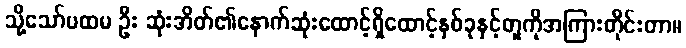
သို့သော်ပထမ ဦး ဆုံးအိတ်၏နောက်ဆုံးထောင့်ရှိထောင့်နှစ်ခုနှင့်တူကိုအကြားတိုင်းတာ။